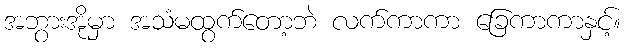
အဘွားအိုမှာ အသံမထွက်တော့ဘဲ လက်ကာကာ ခြေကာကာနှင့်။